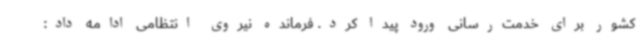
کشور برای خدمت‌رسانی ورود پیدا کرد. فرمانده نیروی انتظامی ادامه داد: